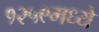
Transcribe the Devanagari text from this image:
१२५९मध्ये